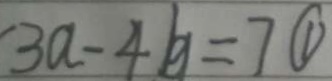
3 a - 4 b = 7 \textcircled { 1 }